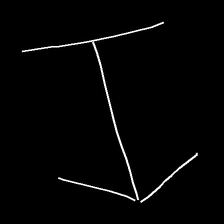
Glyph: levitation